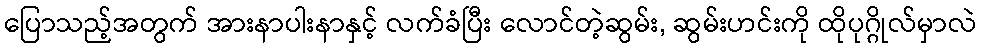
ပြောသည့်အတွက် အားနာပါးနာနှင့် လက်ခံပြီး လောင်တဲ့ဆွမ်း, ဆွမ်းဟင်းကို ထိုပုဂ္ဂိုလ်မှာလဲ